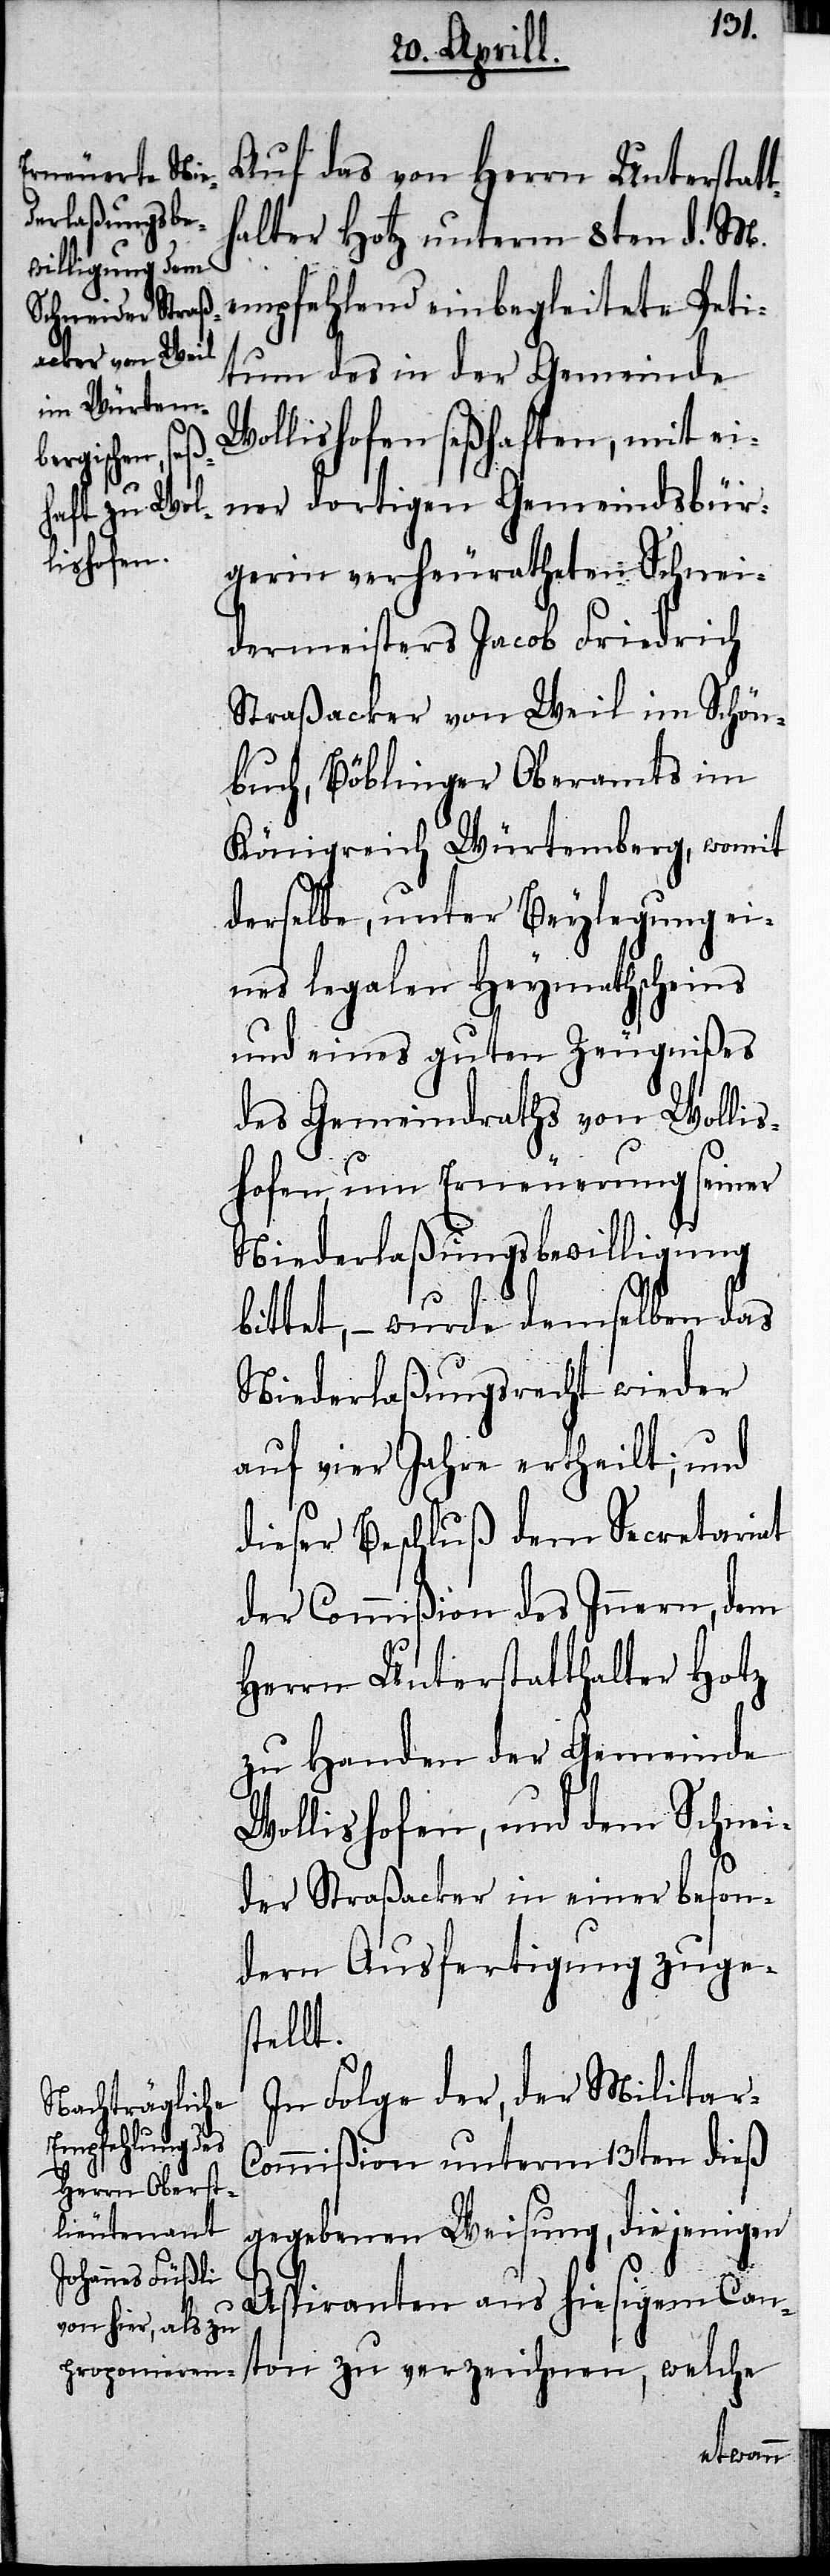
Auf das von Herrn Unterstatt¬
halter Hotz unterm 8ten d. M.
empfehlend einbegleitete Peti¬
tum des in der Gemeinde
Wollishofen seßhaften, mit ei¬
ner dortigen Gemeindsbür¬
gerin verheuratheten Schnei¬
dermeisters Jacob Friedrich
Straßacker von Weil im Schön¬
buch, Böblinger Oberamts im
Königreich Würtemberg, womit
derselbe, unter Beylegung ei¬
nes legalen Heymathscheins
und eines guten Zeugnißes
des Gemeindraths von Wollis¬
hofen, um Erneuerung seiner
Niederlaßungsbewilligung
bittet,– wurde demselben das
Niederlaßungsrecht wieder
auf vier Jahre ertheilt; und
dieser Beschluß dem Secretariat
der Commißion des Innern, dem
Herrn Unterstatthalter Hotz
zu Handen der Gemeinde
Wollishofen, und dem Schnei¬
der Straßacker in einer beson¬
dern Ausfertigung zuge¬
stellt.
In Folge der, der Militar-C¬
ommißion unterm 13ten dieß
gegebenen Weisung, diejenigen
Aspiranten aus hiesigem Can¬
ton zu verzeichnen, welche